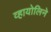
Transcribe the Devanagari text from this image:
व्हायोलिने